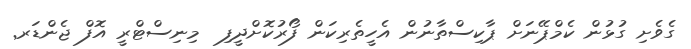
ގެވެށި ގުޅުން ކެމްޕޭނަށް ޕާކިސްތާނުން އެހީތެރިކަން ފޯރުކޮށްދީފި  މިނިސްޓްރީ އޮފް ޖެންޑަރ